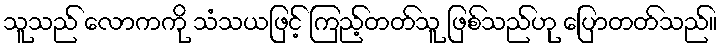
သူသည် လောကကို သံသယဖြင့် ကြည့်တတ်သူ ဖြစ်သည်ဟု ပြောတတ်သည်။